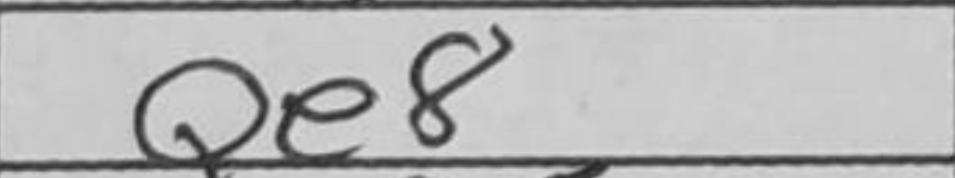
Transcription: Qe8